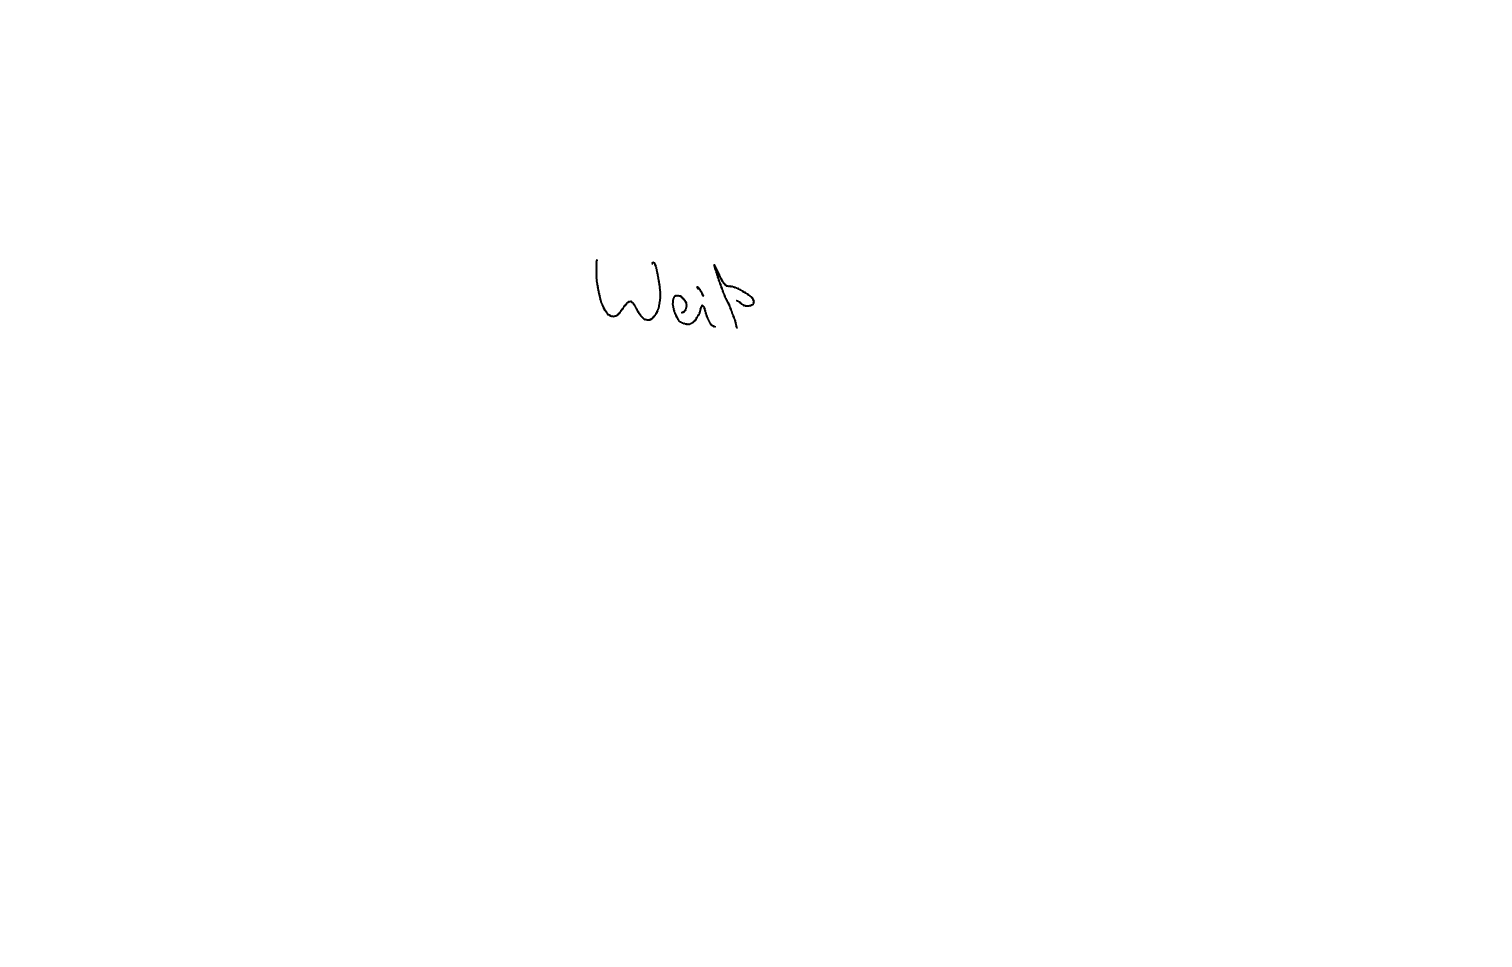
Text: Weiß